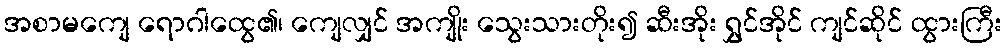
အစာမကျေ ရောဂါထွေ၏၊ ကျေလျှင် အကျိုး သွေးသားတိုး၍ ဆီးအိုး ရွှင်အိုင် ကျင်ဆိုင် ထွားကြီး